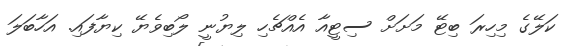
ކަލޭގެ މިހިރަ ބިޓޭ މަށަށް ސިޓީއާ އެއްޗެހި ލިޔުނީ ލޯބިވެޔޭ ކިޔާފައި. އަހާބަލަ